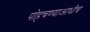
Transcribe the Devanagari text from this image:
पोहचण्याआधीच